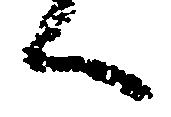
へ